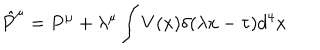
LaTeX: { \hat { P } } ^ { \mu } = P ^ { \mu } + \lambda ^ { \mu } \int V ( x ) \delta ( \lambda x - \tau ) d ^ { 4 } x